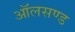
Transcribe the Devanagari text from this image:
ऑलसण्ड